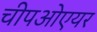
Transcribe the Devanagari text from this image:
चीपओएयर